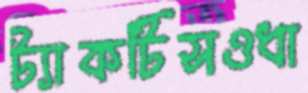
ট্যাকটিসওধা